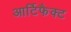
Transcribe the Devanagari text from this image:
आर्टिफैक्ट